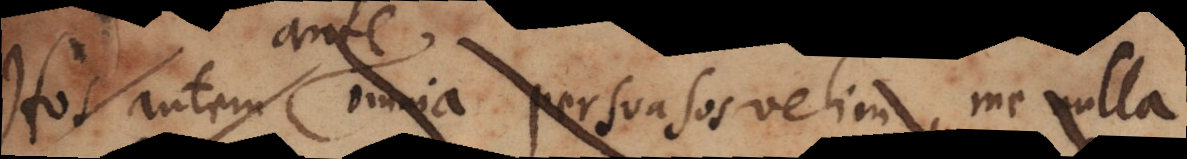
Hos autem omnia persuasos velim, me nulla